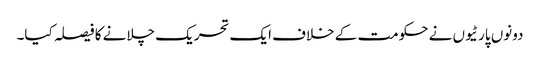
دونوں پارٹیوں نے حکومت کے خلاف ایک تحریک چلانے کا فیصلہ کیا۔